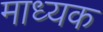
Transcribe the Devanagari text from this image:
माध्यक